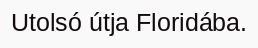
Utolsó útja Floridába.